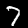
Digit: 7